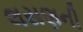
લસણની